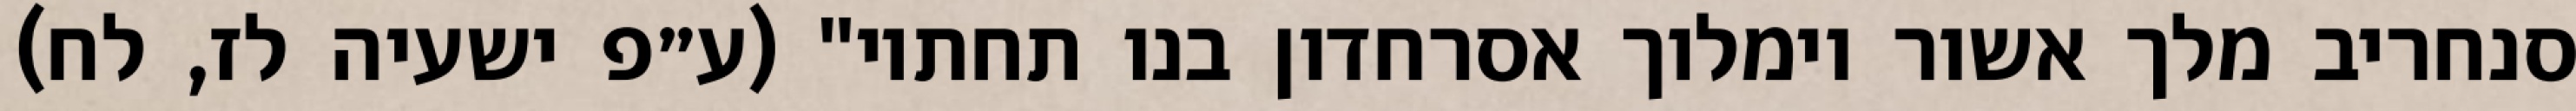
סנחריב מלך אשור וימלוך אסרחדון בנו תחתיו" (ע״פ ישעיה לז, לח)